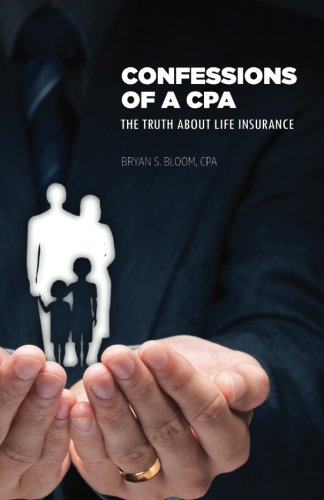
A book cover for Confessions of a CPA: The Truth About Life Insurance; Bryan S Bloom; Business & Money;